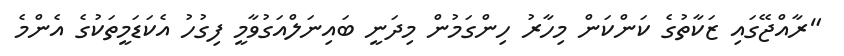
"ރާއްޖޭގައި ޒަކާތުގެ ކަންކަން މިހާރު ހިންގަމުން މިދަނީ ބައިނަލްއަގުވާމީ ފިގުހު އެކަޑަމީތަކުގެ އެންމެ